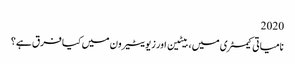
2020
نامیاتی کیمسٹری میں ، بیٹین اور زیویٹیرون میں کیا فرق ہے؟